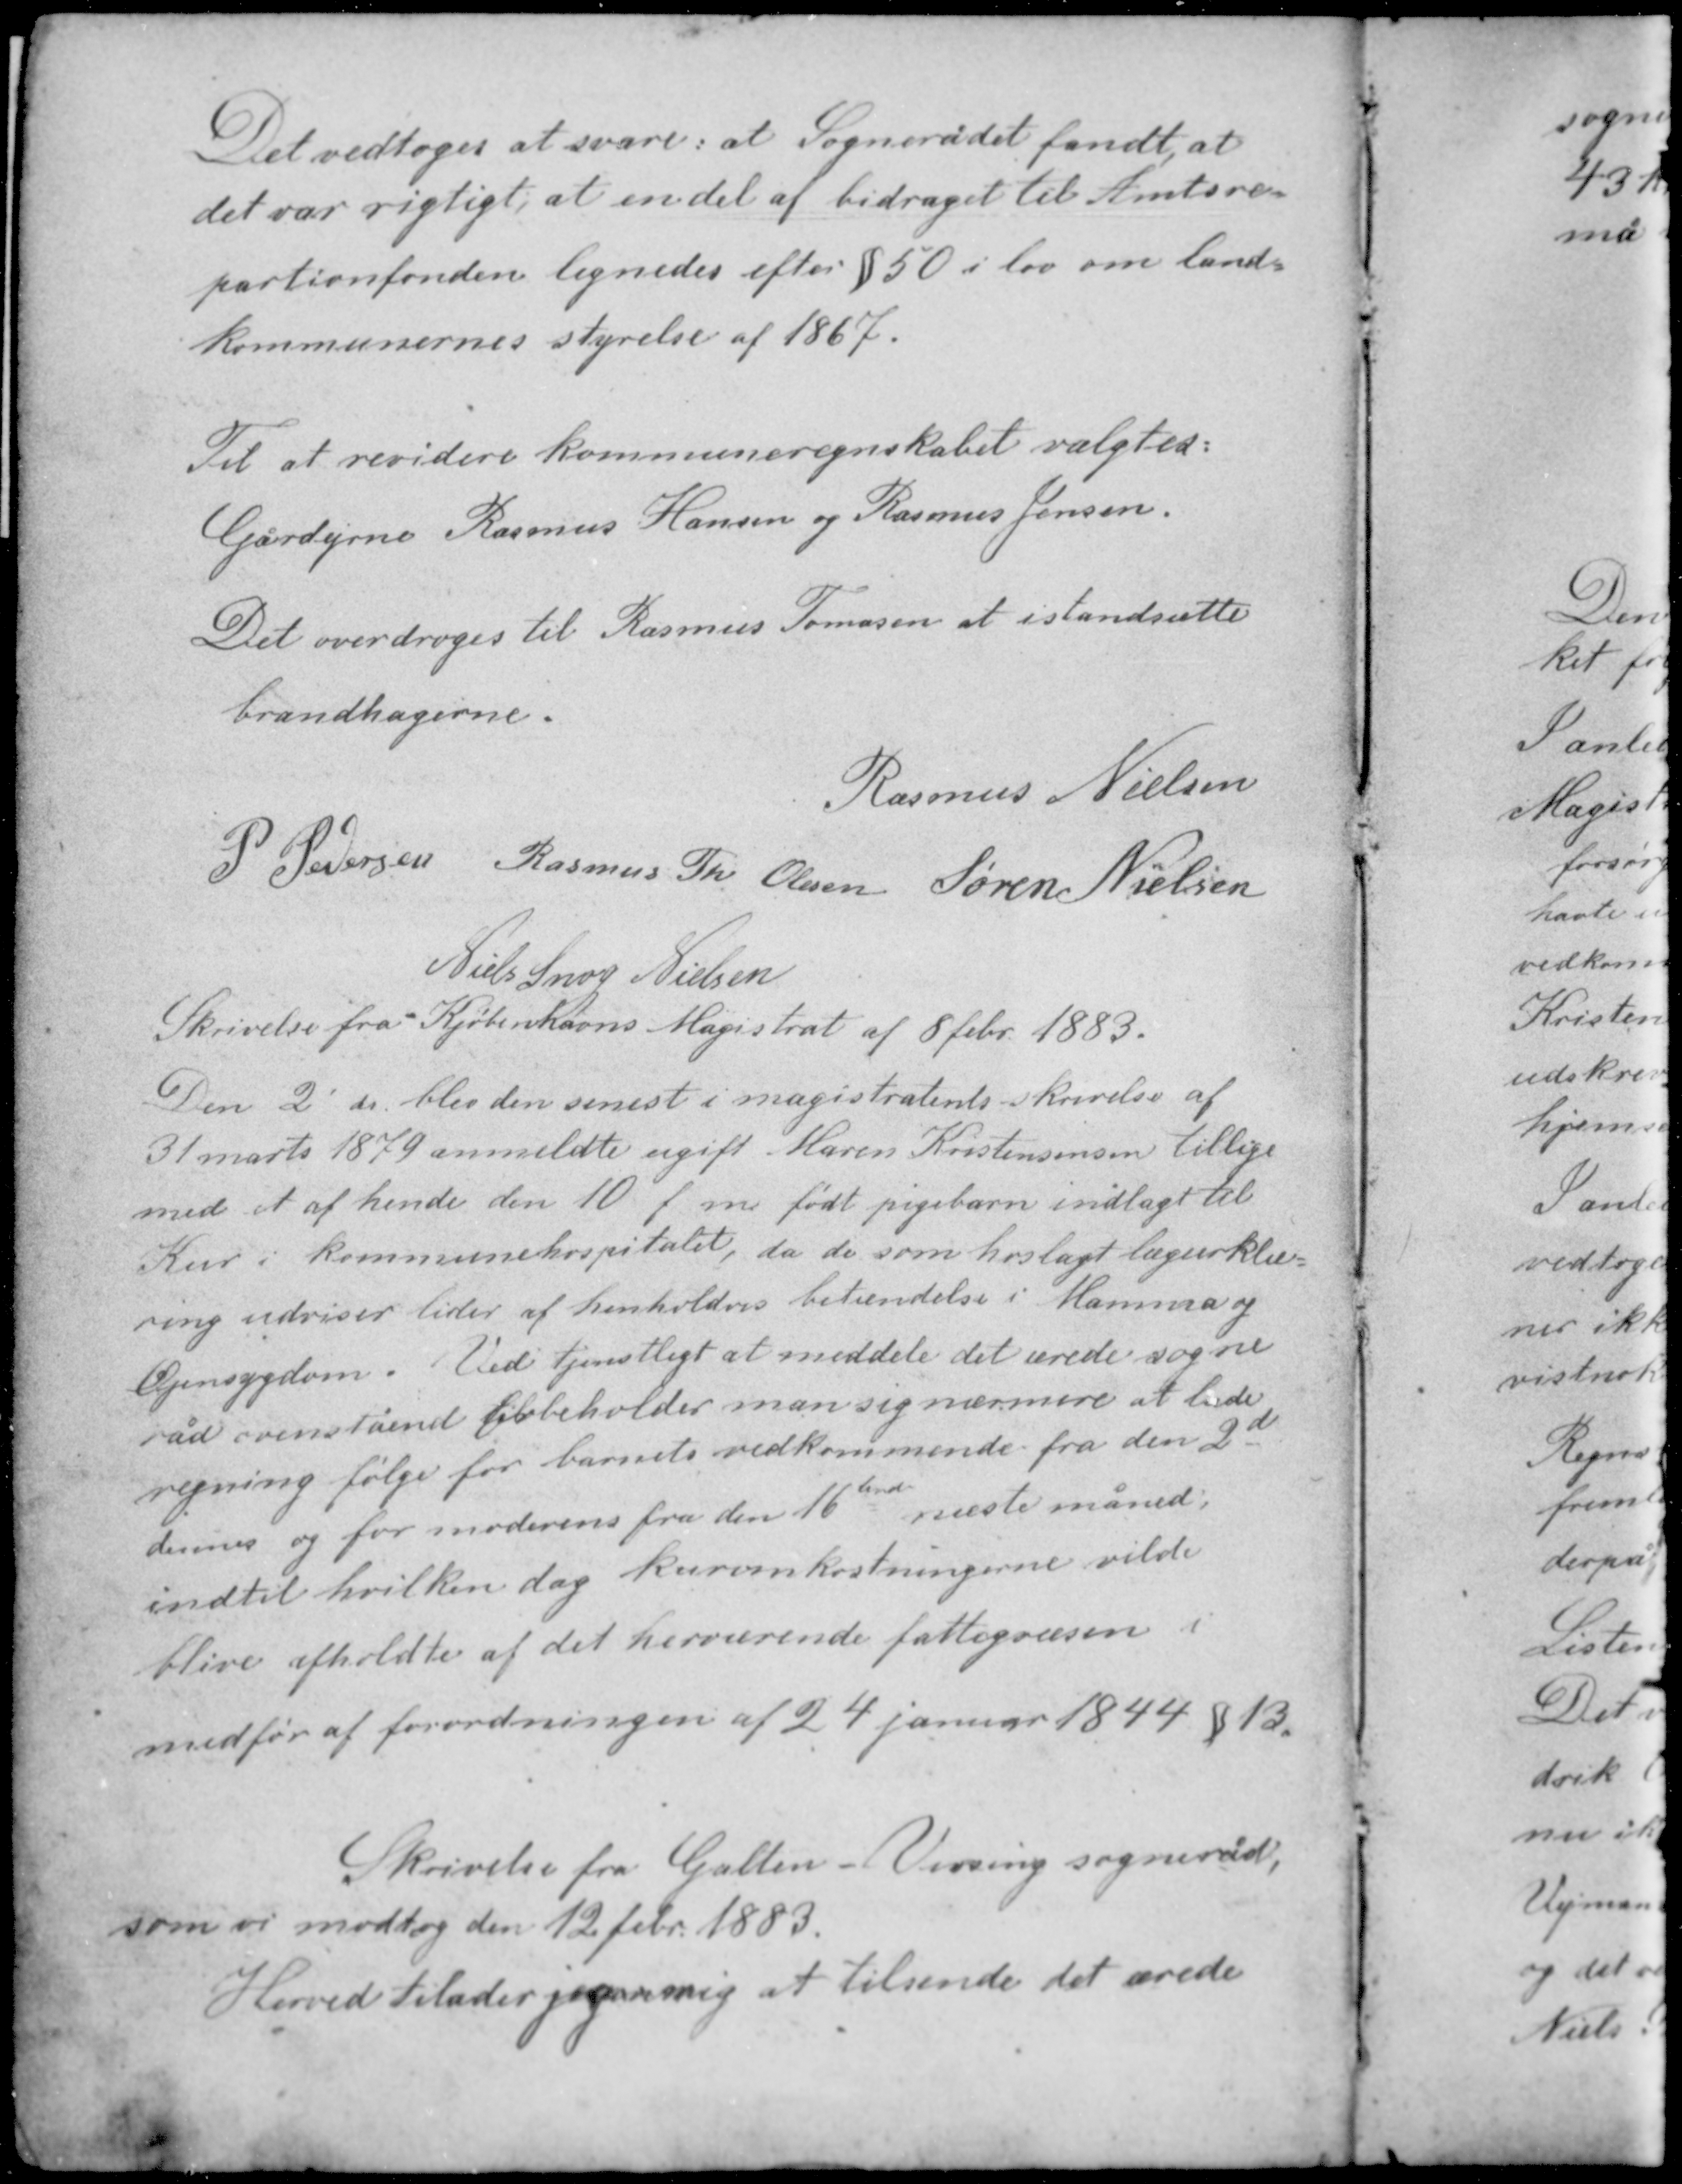
Transskription:
Det vedtoges at svare: at Sognerådet fandt, at
det var rigtigt, at en del af bidraget til Amtsre-
partionfonden lignedes efter § 50 i lov om land-
kommunernes styrelse af 1867.

Til at revidere kommuneregnskabet valgtes:
Gårdejerne Rasmus Hansen og Rasmus Jensen.
Det overdroges til Rasmus Tomasen at istandsætte
brandhagerne.

Rasmus Nielsen
P. Petersen Rasmus Th. Olesen Søren Nielsen
Niels Snog Nielsen

Skrivelse fra Kjøbenhavns Magistrat af 8 febr. 1883
Den 2' ds. blev den senest i magistratens skrivelse af
31 marts 1879 anmeldte ugift. Maren Kristensensen tillige
med et af hende den 10 f. m. født pigebarn indlagt til
Kur i kommunehospitalet, da de som hoslagt lægeerklæ-
ring udviser lider af henholdsvis betændelse i Mamma og
Øjensygdom. Ved tjenstligt at meddele det ærede sogne-
råd ovenstående forbeholder man sig nærmere at lade
regning følge for barnets vedkommende fra den 2d
dennes og for moderens fra den 16tende næste måned.
indtil hvilken dag kuromkostningerne vilde
blive afholdte af det herværende fattigvæsen i
medfør af forordningen af 24 januar 1844 § 13

Skrivelse fra Galten - Virring sogneråd;
som vi modtog den 12 febr. 1883.
Herved tillader jeg mig at tilsende det ærede